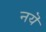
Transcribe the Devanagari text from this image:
नयॆ